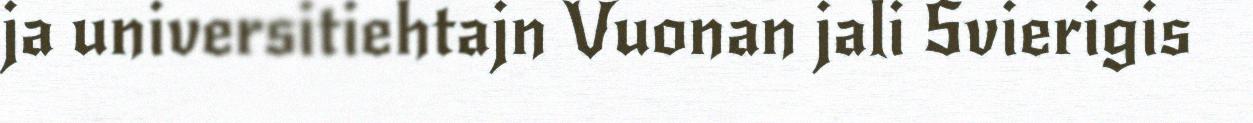
ja universitiehtajn Vuonan jali Svierigis